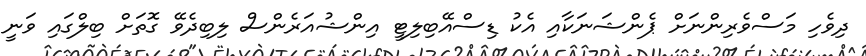
ދިވެހި މަސްވެރިންނަށް ޕެންޝަނަކާއި އެކު ޑިސްއޭބިލިޓީ އިންޝުއަރެންސް ލިބިދެވޭ ގޮތަށް ބިލްގައި ވަނީ